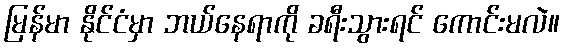
မြန်မာ နိုင်ငံမှာ ဘယ်နေရာကို ခရီးသွားရင် ကောင်းမလဲ။